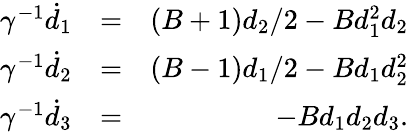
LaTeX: \begin{array}{rlr}{\gamma^{-1}\dot{d}_{1}}&{=}&{(B+1)d_{2}/2-Bd_{1}^{2}d_{2}}\\ {\gamma^{-1}\dot{d}_{2}}&{=}&{(B-1)d_{1}/2-Bd_{1}d_{2}^{2}}\\ {\gamma^{-1}\dot{d}_{3}}&{=}&{-Bd_{1}d_{2}d_{3}.}\end{array}